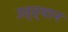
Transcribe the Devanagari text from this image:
उत्त्थान